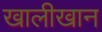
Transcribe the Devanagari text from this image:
खालीखान